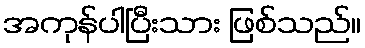
အကုန်ပါပြီးသား ဖြစ်သည်။